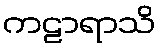
ကဠာရာသိ